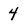
Character: 4